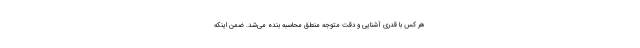
هر کس با قدری آشنایی و دقت متوجه منطق محاسبه بنده می‌شد. ضمن اینکه